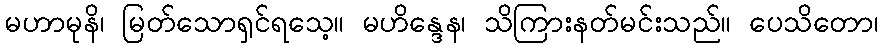
မဟာမုနိ၊ မြတ်သောရှင်ရသေ့။ မဟိန္ဒေန၊ သိကြားနတ်မင်းသည်။ ပေသိတော၊